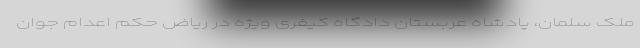
ملک سلمان، پادشاه عربستان دادگاه کیفری ویژه در ریاض حکم اعدام جوان